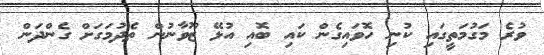
ވުރެ މަގުމަތީގައި ކުނި ހޮވައިގެން ކައި ބޮއި އުޅޭ ޒޫވާނުން ތެދުމަގަށް ގެންދަން